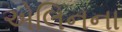
એલિનના